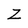
Character: Z